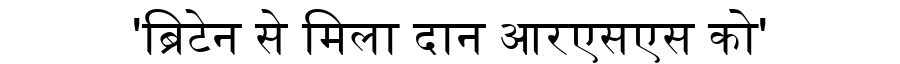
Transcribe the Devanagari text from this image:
'ब्रिटेन से मिला दान आरएसएस को'